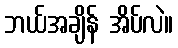
ဘယ်အချိန် အိပ်လဲ။